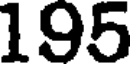
195